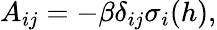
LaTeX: A_{ij}=-\beta\delta_{ij}\sigma_{i}(h),